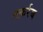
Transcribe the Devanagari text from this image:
तक़र्रब